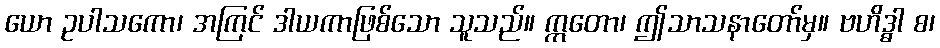
ယော ဥပါသကော၊ အကြင် ဒါယကာဖြစ်သော သူသည်။ ဣတော၊ ဤသာသနာတော်မှ။ ဗဟိဒ္ဓါ စ၊